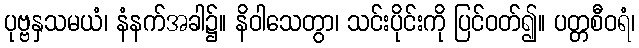
ပုဗ္ဗနှသမယံ၊ နံနက်အခါ၌။ နိဝါသေတွာ၊ သင်းပိုင်းကို ပြင်ဝတ်၍။ ပတ္တစီဝရံ၊